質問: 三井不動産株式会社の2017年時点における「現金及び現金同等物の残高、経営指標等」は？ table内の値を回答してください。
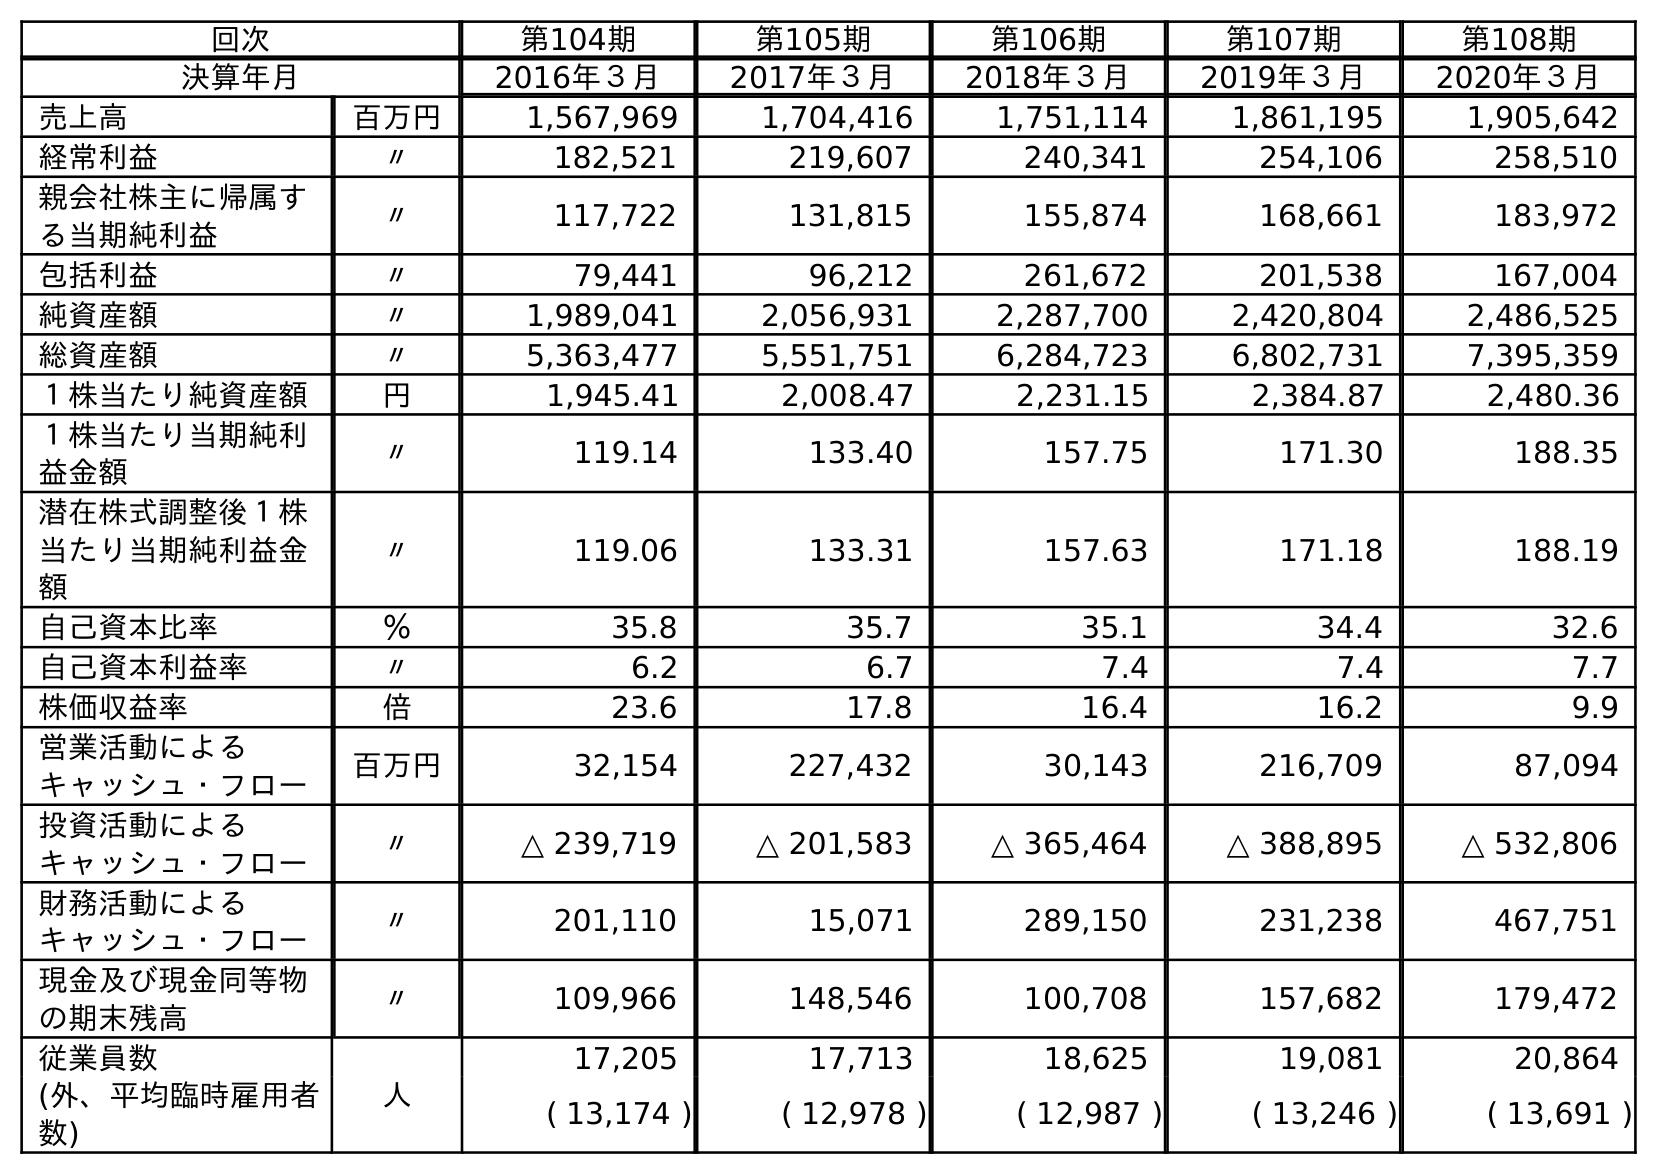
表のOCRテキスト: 回次 第104期 第105期 第106期 第107期 第108期 決算年月 2016年３月 2017年３月 2018年３月 2019年３月 2020年３月 売上高 百万円 1,567,969 1,704,416 1,751,114 1,861,195 1,905,642 経常利益 〃 182,521 219,607 240,341 254,106 258,510 親会社株主に帰属す る当期純利益 〃 117,722 131,815 155,874 168,661 183,972 包括利益 〃 79,441 96,212 261,672 201,538 167,004 純資産額 〃 1,989,041 2,056,931 2,287,700 2,420,804 2,486,525 総資産額 〃 5,363,477 5,551,751 6,284,723 6,802,731 7,395,359 １株当たり純資産額 円 1,945.41 2,008.47 2,231.15 2,384.87 2,480.36 １株当たり当期純利 益金額 〃 119.14 133.40 157.75 171.30 188.35 潜在株式調整後１株 当たり当期純利益金 額 〃 119.06 133.31 157.63 171.18 188.19 自己資本比率 ％ 35.8 35.7 35.1 34.4 32.6 自己資本利益率 〃 6.2 6.7 7.4 7.4 7.7 株価収益率 倍 23.6 17.8 16.4 16.2 9.9 営業活動による キャッシュ・フロー 百万円 32,154 227,432 30,143 216,709 87,094 投資活動による キャッシュ・フロー 〃 △ 239,719 △ 201,583 △ 365,464 △ 388,895 △ 532,806 財務活動による キャッシュ・フロー 〃 201,110 15,071 289,150 231,238 467,751 現金及び現金同等物 の期末残高 〃 109,966 148,546 100,708 157,682 179,472 従業員数 人 17,205 17,713 18,625 19,081 20,864 (外、平均臨時雇用者 数) ( 13,174 ) ( 12,978 ) ( 12,987 ) ( 13,246 ) ( 13,691 )
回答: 148,546